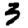
Digit: 3